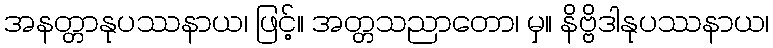
အနတ္တာနုပဿနာယ၊ ဖြင့်။ အတ္တသညာတော၊ မှ။ နိဗ္ဗိဒါနုပဿနာယ၊